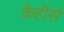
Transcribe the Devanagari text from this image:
कैहॉर्स